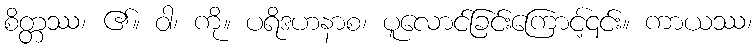
စိတ္တဿ၊ ၏။ ဝါ၊ ကို။ ပရိဒဟနာစ၊ ပူလောင်ခြင်းကြောင့်၎င်း။ ကာယဿ၊